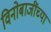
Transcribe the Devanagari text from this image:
विनोबाजींच्या